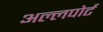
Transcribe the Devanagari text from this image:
अल्लपोर्ट